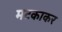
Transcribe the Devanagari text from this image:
मटकाकर